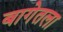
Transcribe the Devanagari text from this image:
बागेतला